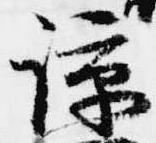
諒